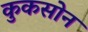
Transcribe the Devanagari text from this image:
कुकसोन